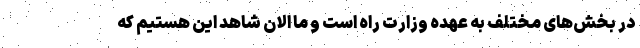
در بخش‌های مختلف به عهده وزارت راه است و ما الان شاهد این هستیم که